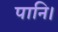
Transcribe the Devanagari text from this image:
पानि।